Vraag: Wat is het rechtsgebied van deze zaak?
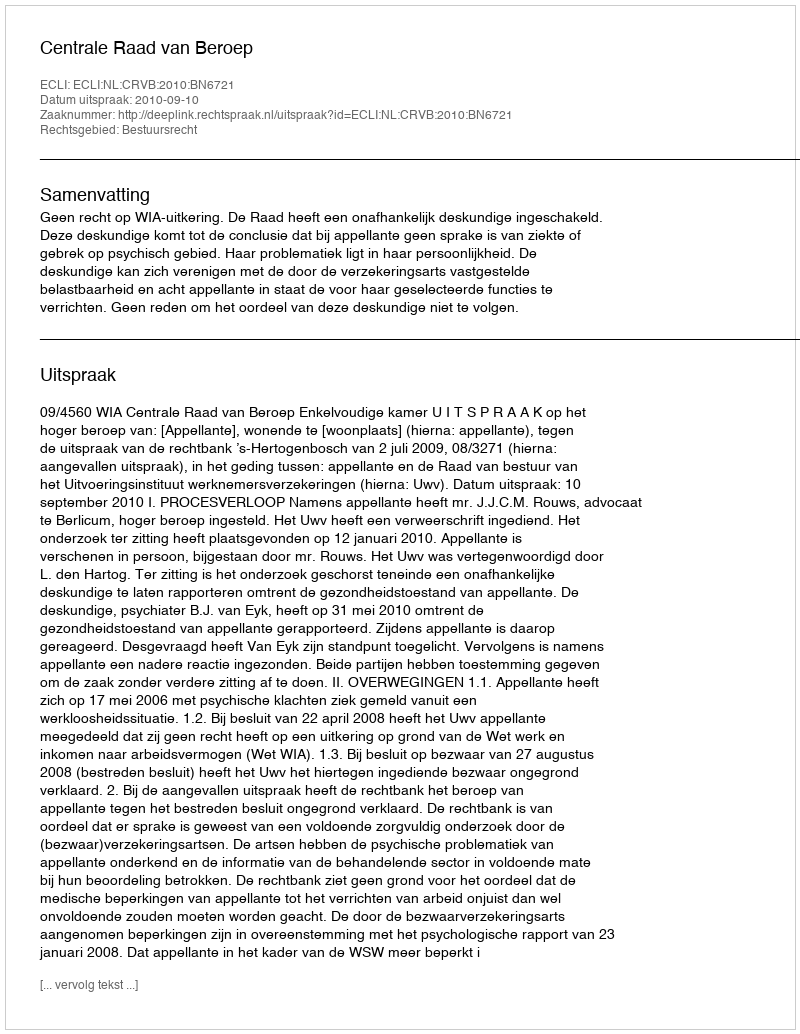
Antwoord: Bestuursrecht